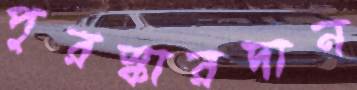
পুরস্কারদান